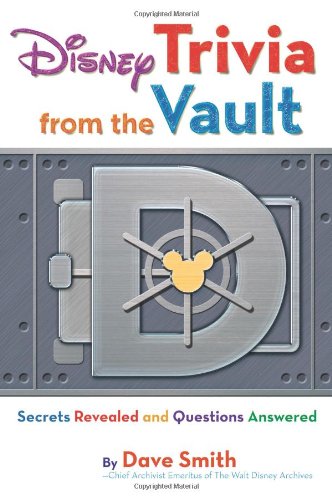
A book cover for Disney Trivia from the Vault: Secrets Revealed and Questions Answered (Disney Editions Deluxe); Dave Smith; Humor & Entertainment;